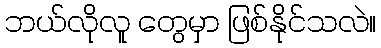
ဘယ်လိုလူ တွေမှာ ဖြစ်နိုင်သလဲ။